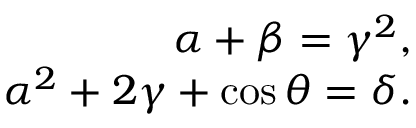
\begin{array} { r } { \alpha + \beta = \gamma ^ { 2 } , } \\ { \alpha ^ { 2 } + 2 \gamma + \cos \theta = \delta . } \end{array}